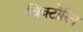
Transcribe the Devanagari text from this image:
विक्टोरिन